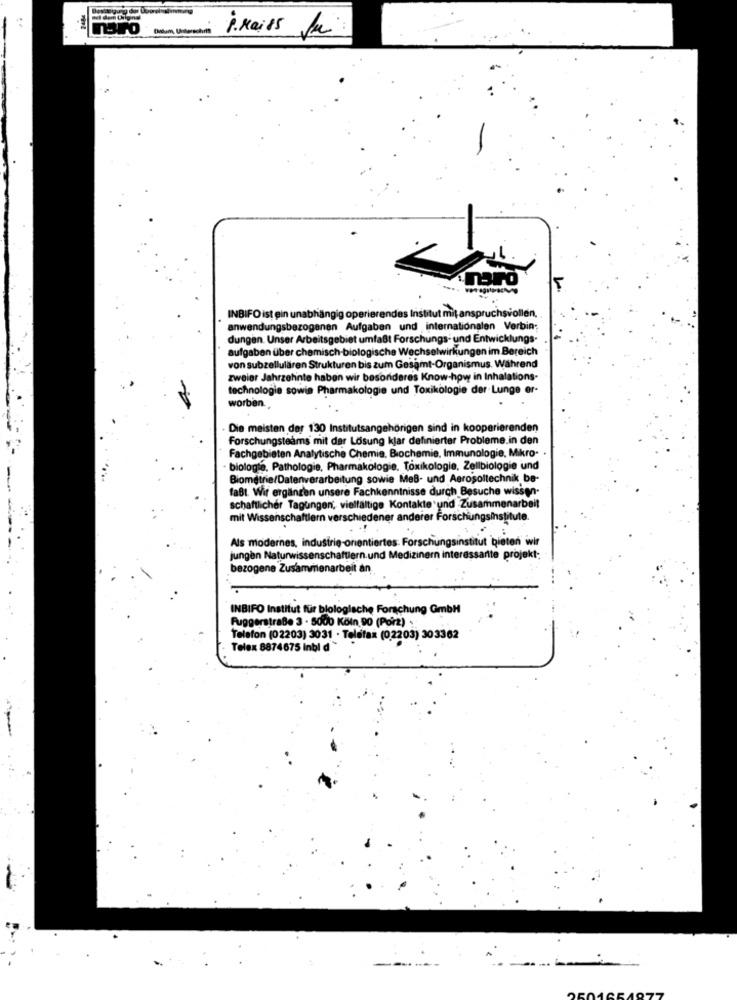
Üelum, Underechoin
i.rails fr
INBIFO ist ein unabhängig operierendes Institut mit anspruchsvollen.
anwendungsbezogenen Aufgaben und internationalen Verbin;
dungen. Unser Arbeitsgebiet umfaßt Forschungs- und Entwicklungs-
aufgaben über chemisch-biologische Wechselwirkungen im Bereich
von subzellulären Strukturen bis zum Gesamt-Organismus. Während
zweier Jahrzehnte haben wir besonderes Know-how in Inhalations-
technologie sowie Pharmakologie und Toxikologie der Lunge er-
worben.
Die meisten der 130 Institutsangehörigen sind in kooperierenden
Forschungsteams mit der Lösung klar definierter Probleme.in den
Fachgebieten Analytische Chemie, Biochemie, Immunologie, Mikro-
biologie, Pathologie, Pharmakologie. Toxikologie, Zellbiologie und
Biometrie/Datenverarbeitung sowie MeB- und Aerosoltechnik be-
faßt. Wir ergänzen unsere Fachkenntnisse durch Besuche wissen-
schaftlicher Tagungen, vielfältige Kontakte und .Zusammenarbeit
mit Wissenschaftlern verschiedener anderer Forschungsinstitute.
Als modernes, industrie-orientiertes: Forschungsinstitut bieten wir
jungen Naturwissenschaftiern.und Medizinern interessante projekt:
bezogene Zusammenarbeit an
-
INBIFO Institut für biologische Forschung GmbH
Fuggerstraße 3 . 5000 Köln 90 (Porz) .
Telefon (02203) 3031 · Telefax (0,2203) 303362
Telex 8874675 Inbi d